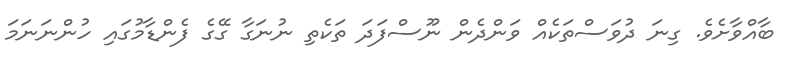
ބާއްވާށެވެ. ގިނަ ދުވަސްތަކެއް ވަންދެން ނޫސްފަދަ ތަކެތި ނުނަގާ ގޭގެ ފެންޑާމުގައި ހުންނަނަމަ